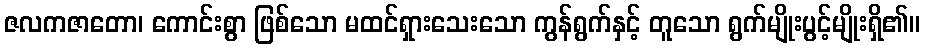
ဇလကဇာတော၊ ကောင်းစွာ ဖြစ်သော မထင်ရှားသေးသော ကွန်ရွက်နှင့် တူသော ရွက်မျိုးပွင့်မျိုးရှိ၏။